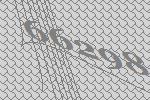
66298